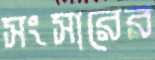
সংসারের